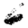
Digit: 6